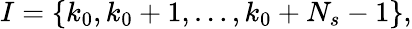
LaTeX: {I}=\{ k_{0},k_{0}+1,\ldots,k_{0}+N_{s}-1\} ,